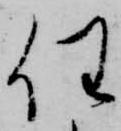
任